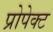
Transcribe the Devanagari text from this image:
प्रोपेक्ट